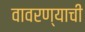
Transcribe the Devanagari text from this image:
वावरण्याची